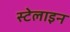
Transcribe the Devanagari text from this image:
स्टेलाइन